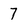
Character: 7